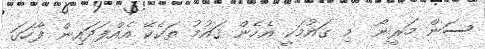
ސަން މަރީނޯ  މި ޤައުމަކީ އެހެން ޤައުމު ތަކެކޭ އެއްފަދައިން ފާހަގަ